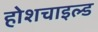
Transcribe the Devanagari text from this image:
होशचाइल्ड